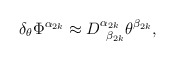
\begin{align*}\delta _\theta \Phi ^{\alpha _{2k}}\approx D_{\;\;\beta_{2k}}^{\alpha _{2k}}\theta ^{\beta _{2k}},\end{align*}